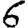
Digit: 6